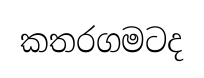
කතරගමටද